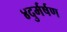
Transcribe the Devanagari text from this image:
४दुर्मर्षण